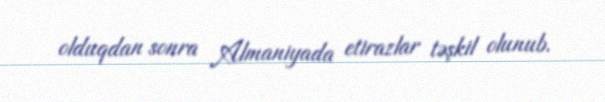
olduqdan sonra Almaniyada etirazlar təşkil olunub.